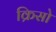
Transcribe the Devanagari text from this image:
क्रिसो